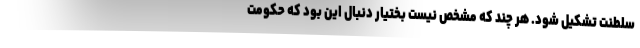
سلطنت تشکیل شود. هر چند که مشخص نیست بختیار دنبال این بود که حکومت